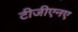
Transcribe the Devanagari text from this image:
टीजीएनए